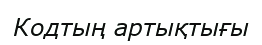
Кодтың артықтығы